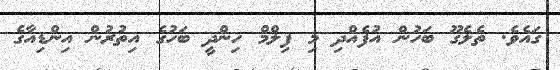
ގައެވެ. ތެލެގޫ ބަހުން އުފެއްދި މި ފިލްމް ހިންދީ ބަހުގެ އިތުރުން އިންޑިއާގެ